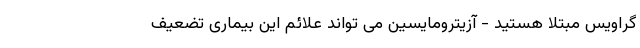
گراویس مبتلا هستید - آزیترومایسین می تواند علائم این بیماری تضعیف